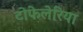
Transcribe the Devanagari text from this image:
टोफेलेरिया